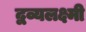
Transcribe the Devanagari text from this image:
द्वव्यलक्ष्मी